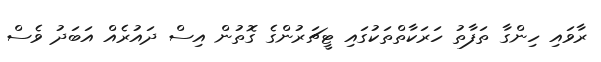
ރާވައި ހިންގާ ތަފާތު ހަރަކާތްތަކުގައި ޓީޗަރުންގެ ގޮތުން އިސް ދައުރެއް އަބަދު ވެސް